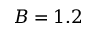
B = 1 . 2